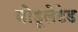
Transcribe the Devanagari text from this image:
मोडूलेटेड